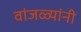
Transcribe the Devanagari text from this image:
वांजळ्यांनी